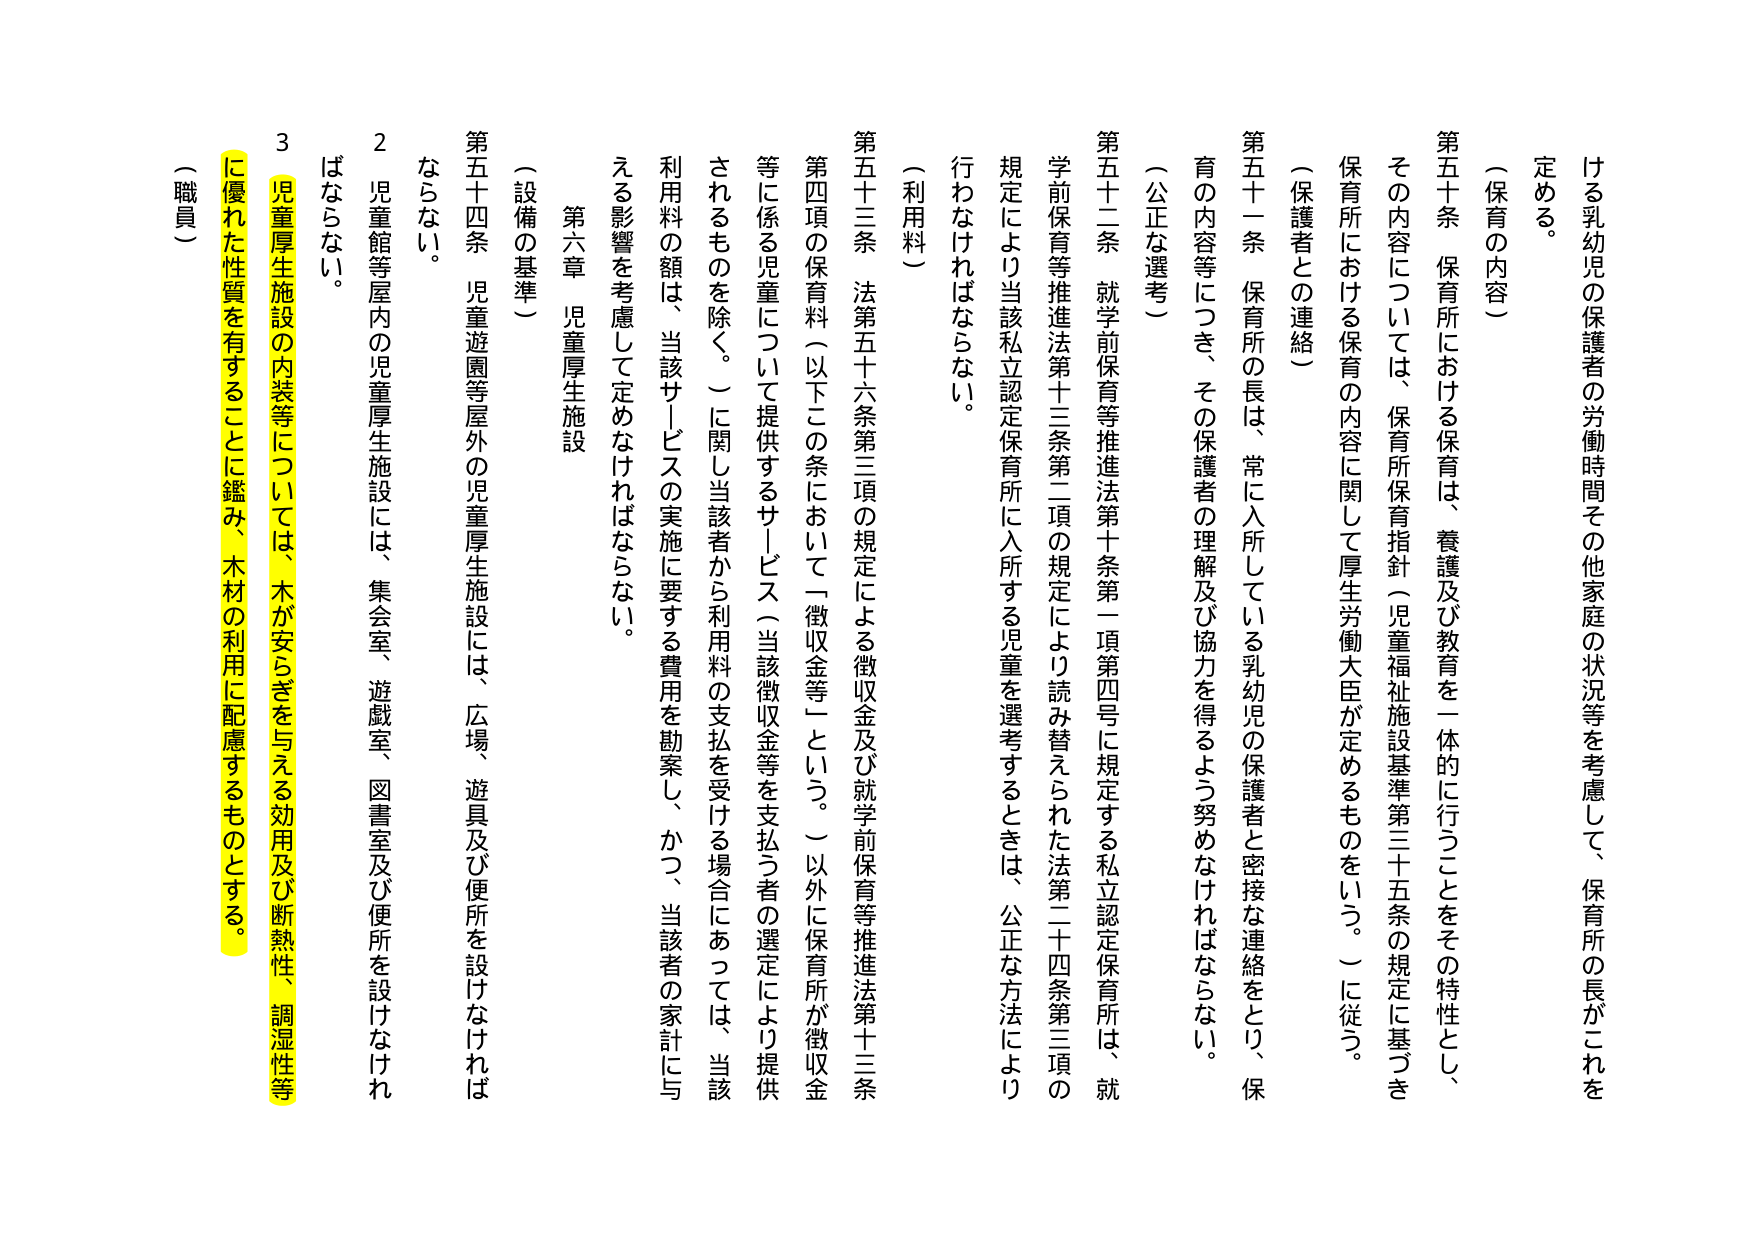
第五十条 保育所における保育は、養護及び教育を一体的に行うことをその特性とし、
その内容については、保育所保育指針（児童福祉施設基準第三十五条の規定に基づき
保育所における保育の内容に関して厚生労働大臣が定めるものをいう。）に従う。
（保護者との連絡）
第五十一条 保育所の長は、常に入所している乳幼児の保護者と密接な連絡をとり、保
育の内容等につき、その保護者の理解及び協力を得るよう努めなければならない。
（公正な選考）
第五十二条 就学前保育等推進法第十条第一項第四号に規定する私立認定保育所は、就
学前保育等推進法第十三条第二項の規定により読み替えられた法第二十四条第三項の
規定により当該私立認定保育所に入所する児童を選考するときは、公正な方法により
行わなければならない。
（利用料）
第五十三条 法第五十六条第三項の規定による徴収金及び就学前保育等推進法第十三条
第四項の保育料（以下この条において「徴収金等」という。）以外に保育所が徴収金
等に係る児童について提供するサービス（当該徴収金等を支払う者の選定により提供
されるものを除く。）に関し当該者から利用料の支払を受けける場合にあっては、当該
利用料の額は、当該サービスの実施に要する費用を勘案し、かつ、当該者の家計に与
える影響を考慮して定めなければならない。
第六章 児童厚生施設
（設備の基準）
第五十四条 児童遊園等屋外の児童厚生施設には、広場、遊具及び便所を設けなければ
ならない。
２ 児童館等屋内の児童厚生施設には、集会室、遊戯室、図書室及び便所を設けなけれ
ばならない。
３ 児童厚生施設の内装等については、木が安らぎを与える効用及び断熱性、調湿性等
に優れた性質を有することに鑑み、木材の利用に配慮するものとする。
（職員）